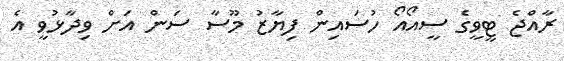
ރާއްޖެ ޓީވީގެ ސީއޯއޯ ހުސައިން ފިޔާޒު މޫސާ ސަން އަށް ވިދާޅުވީ އެ